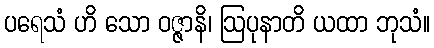
ပရေသံ ဟိ သော ဝဇ္ဇာနိ၊ ဩပုနာတိ ယထာ ဘုသံ။